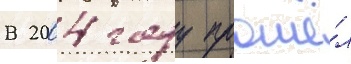
В 2004 году прошё́л